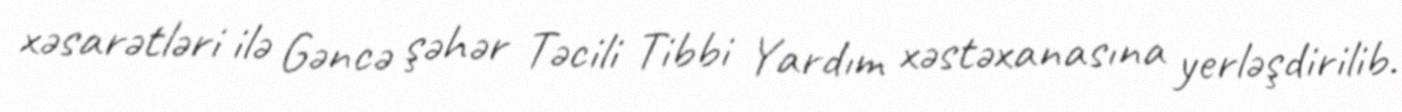
xəsarətləri ilə Gəncə şəhər Təcili Tibbi Yardım xəstəxanasına yerləşdirilib.